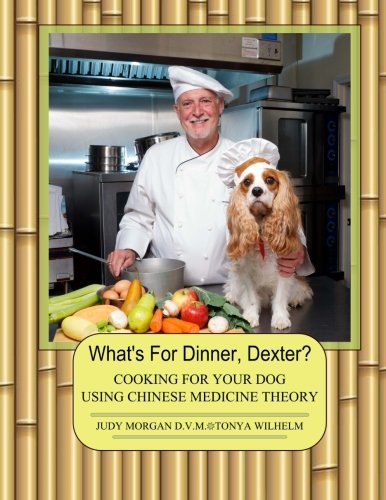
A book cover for What's For Dinner, Dexter?: Cooking For Your Dog Using Chinese Medicine Theory; Judy Morgan D.V.M.; Crafts, Hobbies & Home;